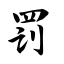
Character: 罚